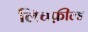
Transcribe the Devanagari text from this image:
लिचफ़ील्ड